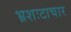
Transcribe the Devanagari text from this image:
भ्रशःटाचार